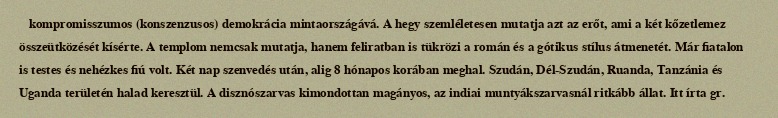
kompromisszumos (konszenzusos) demokrácia mintaországává. A hegy szemléletesen mutatja azt az erőt, ami a két kőzetlemez összeütközését kísérte. A templom nemcsak mutatja, hanem feliratban is tükrözi a román és a gótikus stílus átmenetét. Már fiatalon is testes és nehézkes fiú volt. Két nap szenvedés után, alig 8 hónapos korában meghal. Szudán, Dél-Szudán, Ruanda, Tanzánia és Uganda területén halad keresztül. A disznószarvas kimondottan magányos, az indiai muntyákszarvasnál ritkább állat. Itt írta gr.